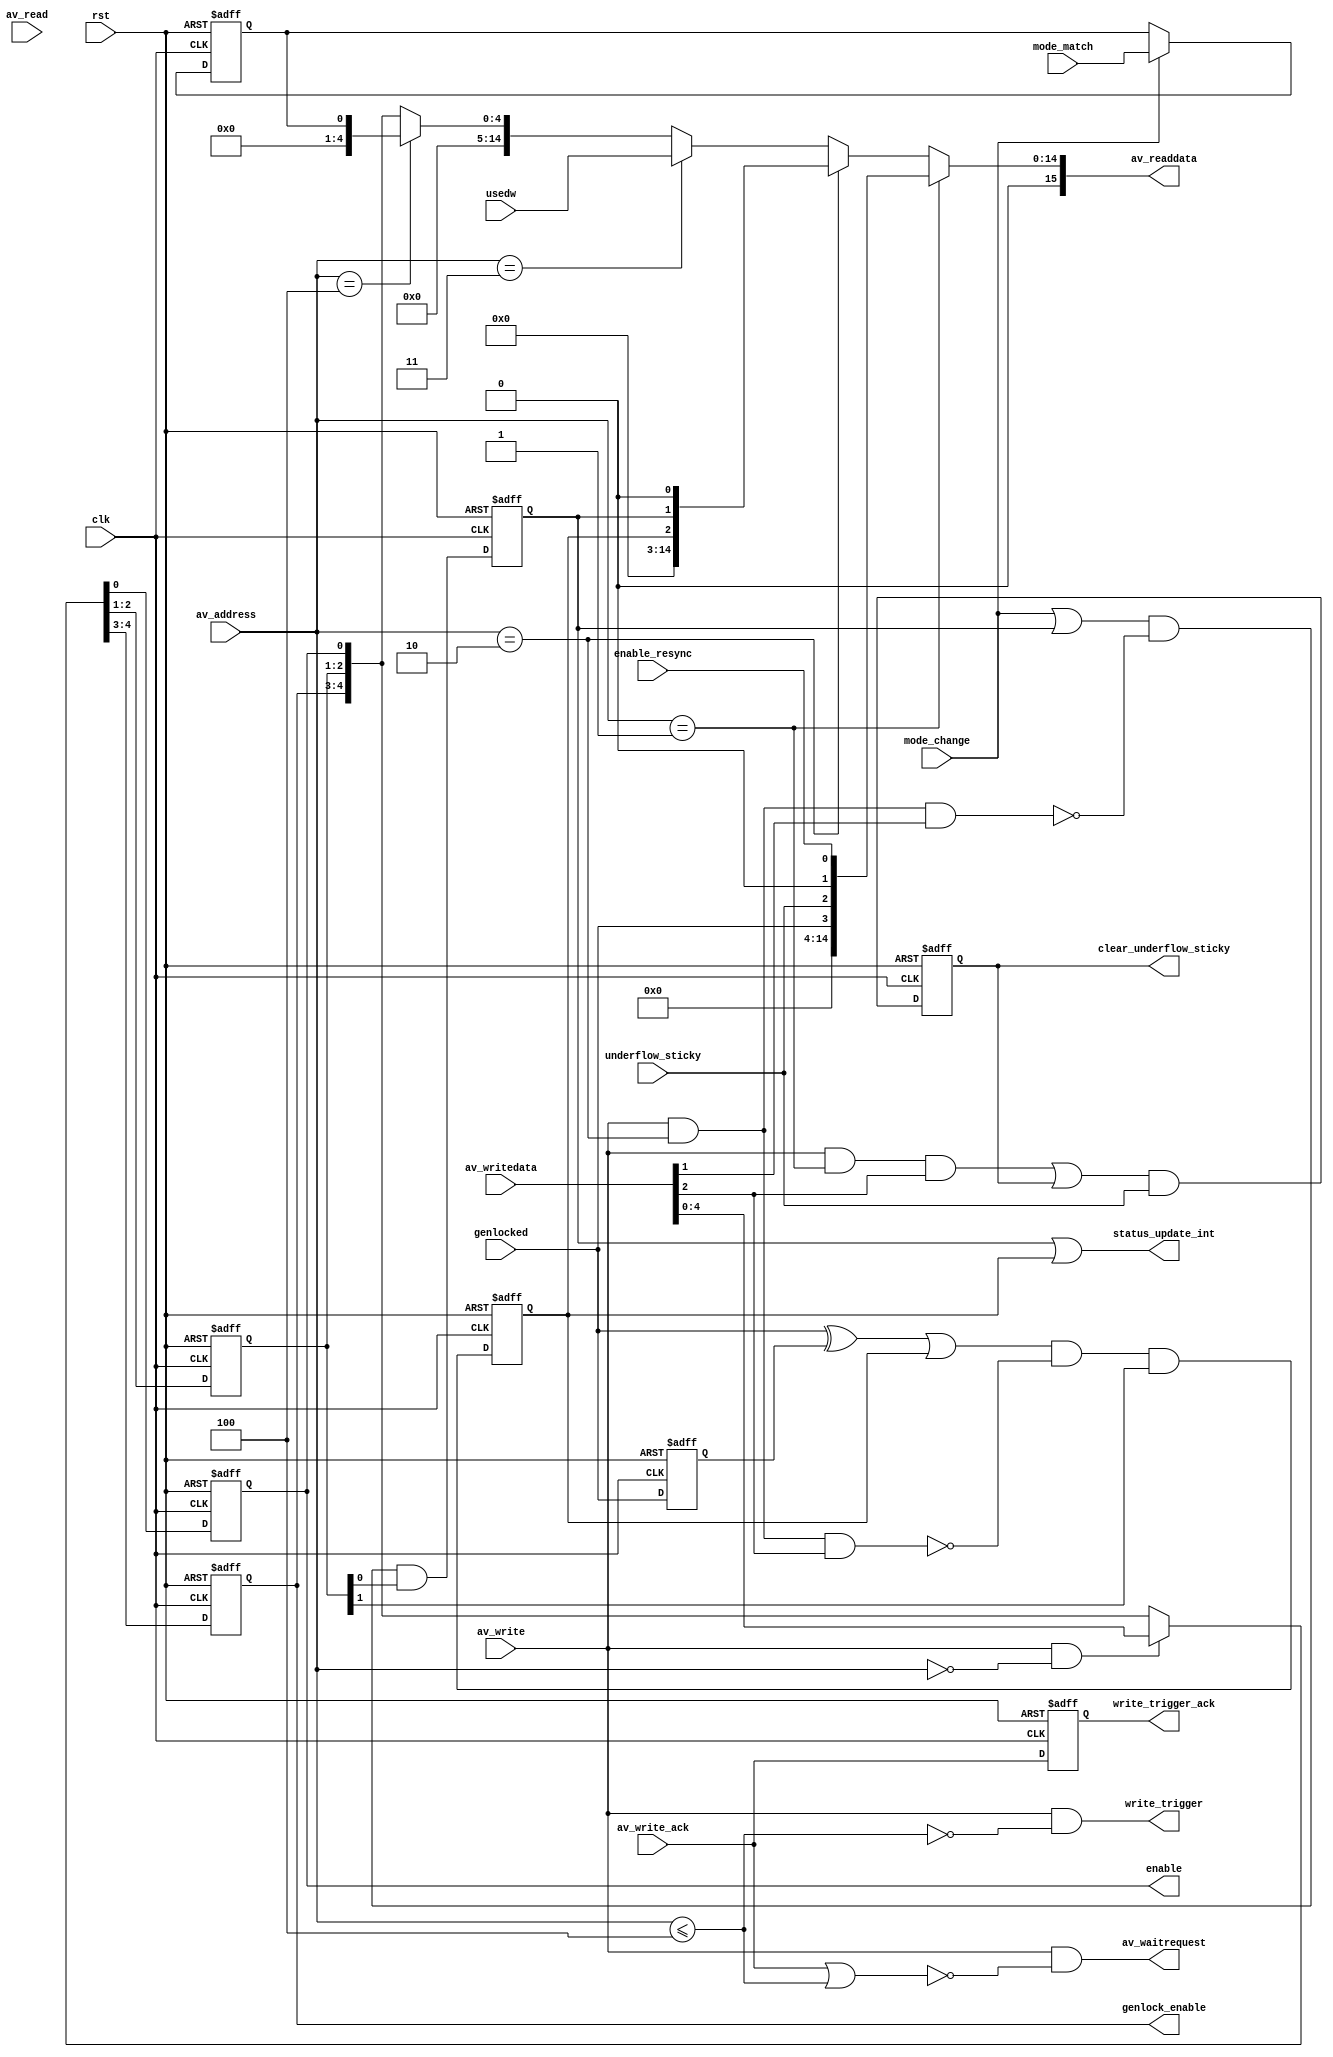
module alt_vipitc131_IS2Vid_control
    #(parameter
        USE_CONTROL = 1,
        NO_OF_MODES_INT = 1,
        USED_WORDS_WIDTH = 15)
    (
    input   wire rst,
    input   wire clk,
    input   wire av_write_ack,
    input   wire mode_change,
    input   wire [NO_OF_MODES_INT-1:0] mode_match,
    input   wire [USED_WORDS_WIDTH-1:0] usedw,
    input   wire underflow_sticky,
    input   wire enable_resync, 
    input   wire genlocked,
    output  wire enable,
    output  wire clear_underflow_sticky,
    output  wire write_trigger,
    output  wire write_trigger_ack,
    output  wire [1:0] genlock_enable,
    input   wire [7:0] av_address,
    input   wire av_read,
    output  wire [15:0] av_readdata,
    input   wire av_write,
    input   wire [15:0] av_writedata,
    output  wire av_waitrequest,
    output  wire status_update_int);
generate
    if(USE_CONTROL) begin
        reg enable_reg;
        reg write_trigger_ack_reg;
        wire is_side_registers;
        reg [1:0] interrupt_enable;
        reg status_update_int_reg;
        reg genlocked_reg;
        reg genlocked_int_reg;
        reg [1:0] genlock_enable_reg;
        wire [15:0] usedw_output;
        wire [15:0] is_mode_match_output;
        reg [NO_OF_MODES_INT-1:0] is_mode_match;
        wire clear_interrupts;
        reg clear_underflow_sticky_reg;
        wire mode_write;
        if(USED_WORDS_WIDTH >= 16)
            assign usedw_output = usedw[15:0];
        else
            assign usedw_output = {{16-USED_WORDS_WIDTH{1'b0}}, usedw};
        if(NO_OF_MODES_INT >= 16) begin
            assign is_mode_match_output = is_mode_match[15:0];
        end else begin
            assign is_mode_match_output = {{16-NO_OF_MODES_INT{1'b0}}, is_mode_match};
        end
        assign enable = enable_reg;
        assign av_readdata = (av_address == 8'd1) ? {{12{1'b0}}, genlocked,
                                                                 underflow_sticky,
                                                                 1'b0,
                                                                 enable_resync} :
                             (av_address == 8'd2) ? {{13{1'b0}}, genlocked_int_reg,
                                                                 status_update_int_reg,
                                                                 1'b0} :
                             (av_address == 8'd3) ? usedw_output :
                             (av_address == 8'd4) ? is_mode_match_output :
                             {{11{1'b0}}, genlock_enable, interrupt_enable, enable_reg};
        assign av_waitrequest = av_write & ~(av_write_ack | is_side_registers);
        assign is_side_registers = av_address <= 8'd4;
        assign write_trigger = av_write & ~is_side_registers;
        assign write_trigger_ack = write_trigger_ack_reg;
        assign status_update_int = status_update_int_reg | genlocked_int_reg;
        assign clear_interrupts = av_write && av_address == 8'd2;
        assign clear_underflow_sticky = clear_underflow_sticky_reg;
        assign genlock_enable = genlock_enable_reg;
        always @ (posedge rst or posedge clk) begin
            if (rst) begin
                genlock_enable_reg <= 2'b0;
                interrupt_enable <= 2'b0;
                enable_reg <= 1'b0;
                status_update_int_reg <= 1'b0;
                genlocked_int_reg <= 1'b0;
                is_mode_match <= {NO_OF_MODES_INT{1'b0}};
                genlocked_reg <= 1'b0;
                clear_underflow_sticky_reg <= 1'b0;
                write_trigger_ack_reg <= 1'b0;
            end else begin
                {genlock_enable_reg, interrupt_enable, enable_reg} <= (av_write && av_address == 8'd0) ? av_writedata[4:0] : {genlock_enable_reg, interrupt_enable, enable_reg};
                status_update_int_reg <= (mode_change | status_update_int_reg) & ~(clear_interrupts & av_writedata[1]) & interrupt_enable[0];
                genlocked_int_reg <= ((genlocked ^ genlocked_reg) | genlocked_int_reg) & ~(clear_interrupts & av_writedata[2]) & interrupt_enable[1];
                is_mode_match <= (mode_change) ? mode_match : is_mode_match;
                genlocked_reg <= genlocked;
                clear_underflow_sticky_reg <= ((av_write && av_address == 8'd1 && av_writedata[2]) | clear_underflow_sticky_reg) & underflow_sticky;
                write_trigger_ack_reg <= av_write_ack;
            end
        end
    end else begin
        assign enable = 1'b1;
        assign status_update_int = 1'b0;
        assign clear_underflow_sticky = 1'b0;
        assign write_trigger = 1'b0;
        assign write_trigger_ack = 1'b0;
        assign genlock_enable = 2'b00;
        assign av_readdata = 16'b0;
        assign av_waitrequest = 1'b0;
    end
endgenerate
endmodule